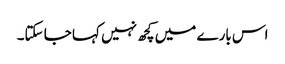
اس بارے میں کچھ نہیں کہا جا سکتا۔